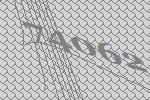
74062